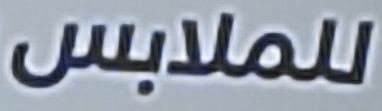
للملابس